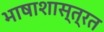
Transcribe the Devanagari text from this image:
भाषाशास्त्रत